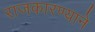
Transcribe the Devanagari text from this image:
राजकारण्याने